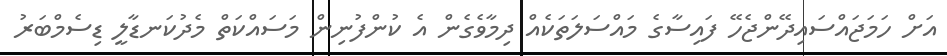
އަށް ހަމަޖައްސައިދޭންޖެހޭ ފައިސާގެ މައްސަލަތަކެއް ދިމާވެގެން އެ ކުންފުނިން މަސައްކަތް މެދުކަނޑާލީ ޑިސެމްބަރު